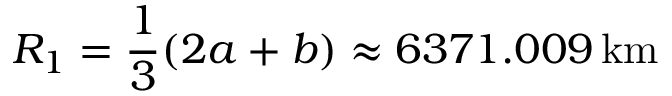
R _ { 1 } = { \frac { 1 } { 3 } } ( 2 a + b ) \approx 6 3 7 1 . 0 0 9 \, \mathrm { k m }